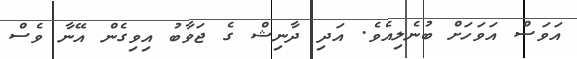
އަވަސް އަވަހަށް ބުނެލިއެވެ. އަދި ދާނިޝް ގެ ޖަވާބު އިވިގެން އޭނާ ވެސް